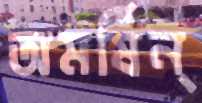
অমর্ষিন্